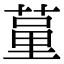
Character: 𦷗